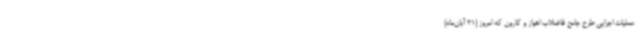
عملیات اجرایی طرح جامع فاضلاب اهواز و کارون که امروز (21 آبان‌ماه)